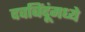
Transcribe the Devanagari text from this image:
दवबिंदूंमध्ये